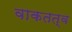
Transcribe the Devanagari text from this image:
वाकतत्व